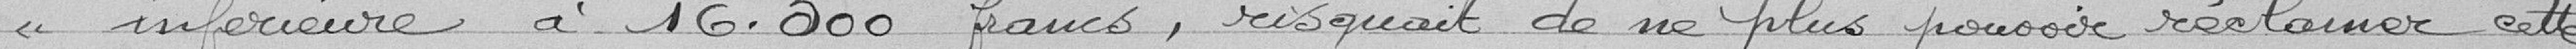
« inférieure à 16.500 francs, risquait de ne plus pouvoir réclamer cette